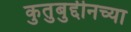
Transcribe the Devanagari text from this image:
कुतुबुद्दीनच्या